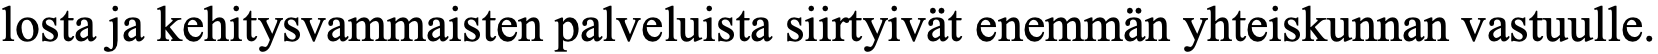
losta ja kehitysvammaisten palveluista siirtyivät enemmän yhteiskunnan vastuulle.